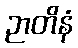
ဉာတိနံ